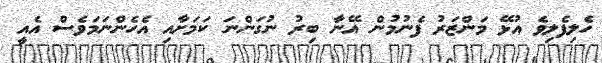
ހެލިފެލިވެ އުޅޭ މަންޒަރު ފެނުމުން އޭނާ ބިރު ނުގަންނަ ކަމަށާއި އެހެންނަމަވެސް އެއީ